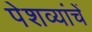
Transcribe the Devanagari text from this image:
पेशव्यांचें